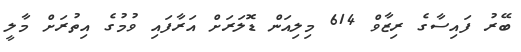
ބޭރު ފައިސާގެ ރިޒާވް 614 މިލިއަން ޑޮލަރަށް އަރާފައި ވުމުގެ އިތުރަށް މާލީ